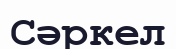
Сәркел